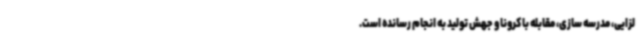
لزایی، مدرسه سازی، مقابله با کرونا و جهش تولید به انجام رسانده است.